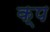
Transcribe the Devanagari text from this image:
क्प